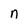
Character: n